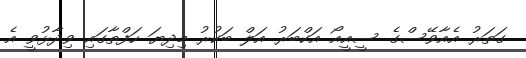
ގަތަރު އެއާވޭސްގެ ސީއީއޯ އަކްބަރު އަލް ބަކުރު މިދިޔަ ހަފްތާގައި ވިދާޅުވީ އެ